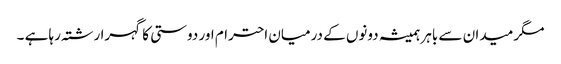
مگر میدان سے باہر ہمیشہ دونوں کے درمیان احترام اور دوستی کا گہرا رشتہ رہا ہے ۔